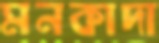
মনকাদা